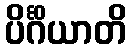
ပိင်္ဂိယာတိ